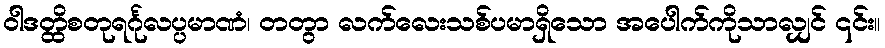
ဝါဒတ္ထိစတုရင်္ဂုလပ္ပမာဏံ၊ တတွာ လက်လေးသစ်ပမာရှိသော အပေါက်ကိုသာလျှင် ၎င်း။